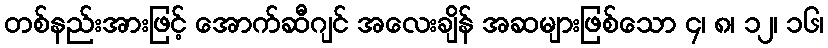
တစ်နည်းအားဖြင့် အောက်ဆီဂျင် အလေးချိန် အဆများဖြစ်သော ၄၊ ၈၊ ၁၂၊ ၁၆၊